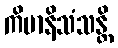
ကိမာနိသံသန္တိ